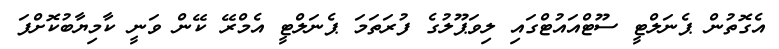
އެގޮތުން ޕެނަލްޓީ ސޫޓްއައުޓްގައި ލިވަޕޫލުގެ ފުރަތަމަ ޕެނަލްޓީ އެމްރޭ ކޭން ވަނީ ކާމިޔާބުކޮށްފަ